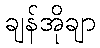
ချန်အိုချာ